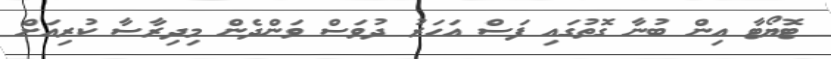
ޓޮޔޯޓާ އިން ބުނާ ގޮތުގައި ފަސް އަހަރު ދުވަސް ވަންދެން މިދިރާސާ ކުރިއަށް